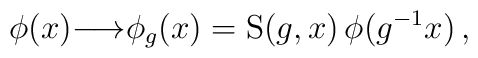
\phi(x) {\longrightarrow} \phi_{g}(x) = {\rm S}(g, x) \, \phi(g^{-1} x)\,,